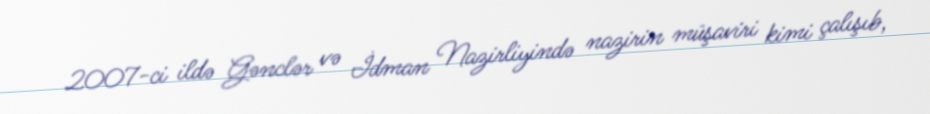
2007-ci ildə Gənclər və İdman Nazirliyində nazirin müşaviri kimi çalışıb,